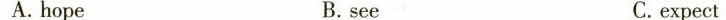
A.hope B. see C.expect